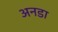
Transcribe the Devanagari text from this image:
अनडा